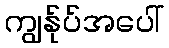
ကျွန်ုပ်အပေါ်